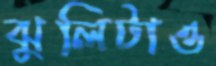
ঝুলিটাও